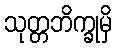
သုတ္တဘိက္ခုမှိ